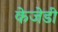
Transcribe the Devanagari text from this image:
केजेडी